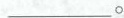
___。